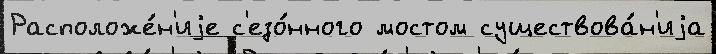
Расположе́н'иjе с'езо́нного мостом существова́н'иjа